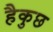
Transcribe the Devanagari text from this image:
हैकुछ